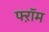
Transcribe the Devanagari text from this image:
फ्ऱॉम